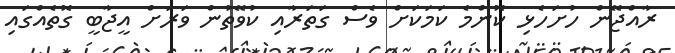
ރާއްޖޭން ހުށަހެޅި ކޮންމެ ކަމަކަށް ވެސް ގަތަރާއި ކުވޭތުން ވަރަށް އީޖާބީ ގޮތެއްގައި